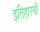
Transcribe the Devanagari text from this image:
इतिहास्ची